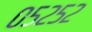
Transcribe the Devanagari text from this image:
०५२५२